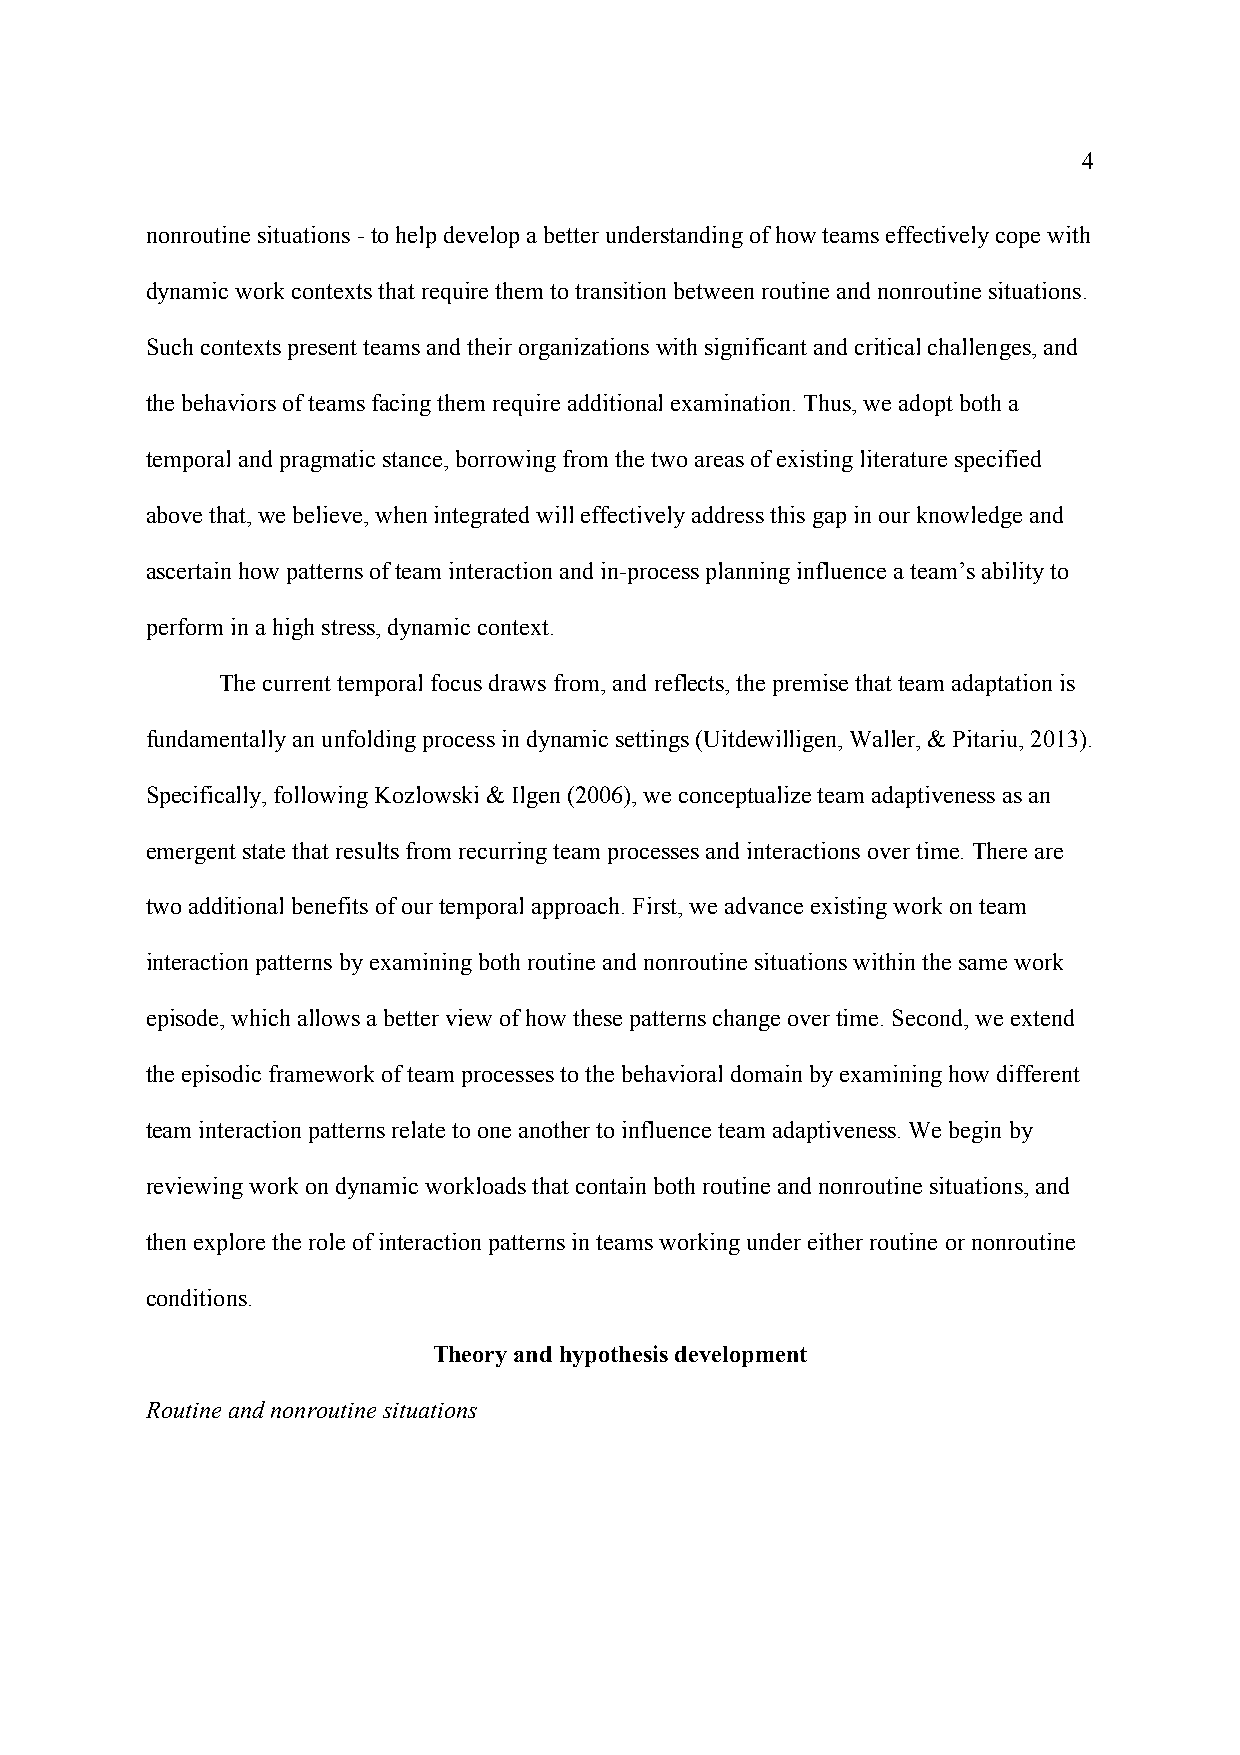
4
 nonroutine situations - to help develop a better understanding of how teams effectively cope with
 dynamic work contexts that require them to transition between routine and nonroutine situations.
 Such contexts present teams and their organizations with significant and critical challenges, and
 the behaviors of teams facing them require additional examination. Thus, we adopt both a
 temporal and pragmatic stance, borrowing from the two areas of existing literature specified
 above that, we believe, when integrated will effectively address this gap in our knowledge and
 ascertain how patterns of team interaction and in-process planning influence a team’s ability to
 perform in a high stress, dynamic context.
 The current temporal focus draws from, and reflects, the premise that team adaptation is
 fundamentally an unfolding process in dynamic settings (Uitdewilligen, Waller, & Pitariu, 2013).
 Specifically, following Kozlowski & Ilgen (2006), we conceptualize team adaptiveness as an
 emergent state that results from recurring team processes and interactions over time. There are
 two additional benefits of our temporal approach. First, we advance existing work on team
 interaction patterns by examining both routine and nonroutine situations within the same work
 episode, which allows a better view of how these patterns change over time. Second, we extend
 the episodic framework of team processes to the behavioral domain by examining how different
 team interaction patterns relate to one another to influence team adaptiveness. We begin by
 reviewing work on dynamic workloads that contain both routine and nonroutine situations, and
 then explore the role of interaction patterns in teams working under either routine or nonroutine
 conditions.
 Theory and hypothesis development
 Routine and nonroutine situations